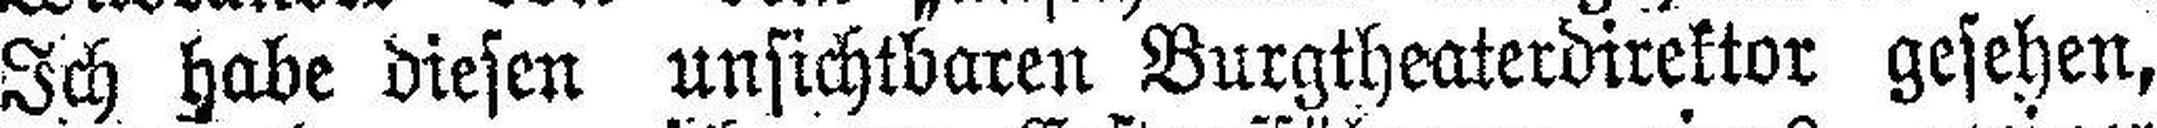
Ich habe diesen unsichtbaren Burgtheaterdirektor gesehen,